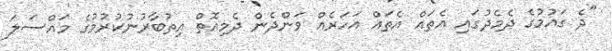
"ދެ ގައުމުގެ ދެމެދުގައި އެތައް އެތައް އަހަރެއް ވަންދެން ދެމިއޮތް އިތުބާރުނުކުރުމުގެ މައްސަލަ